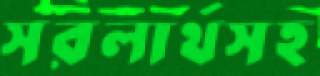
সরলার্থসহ